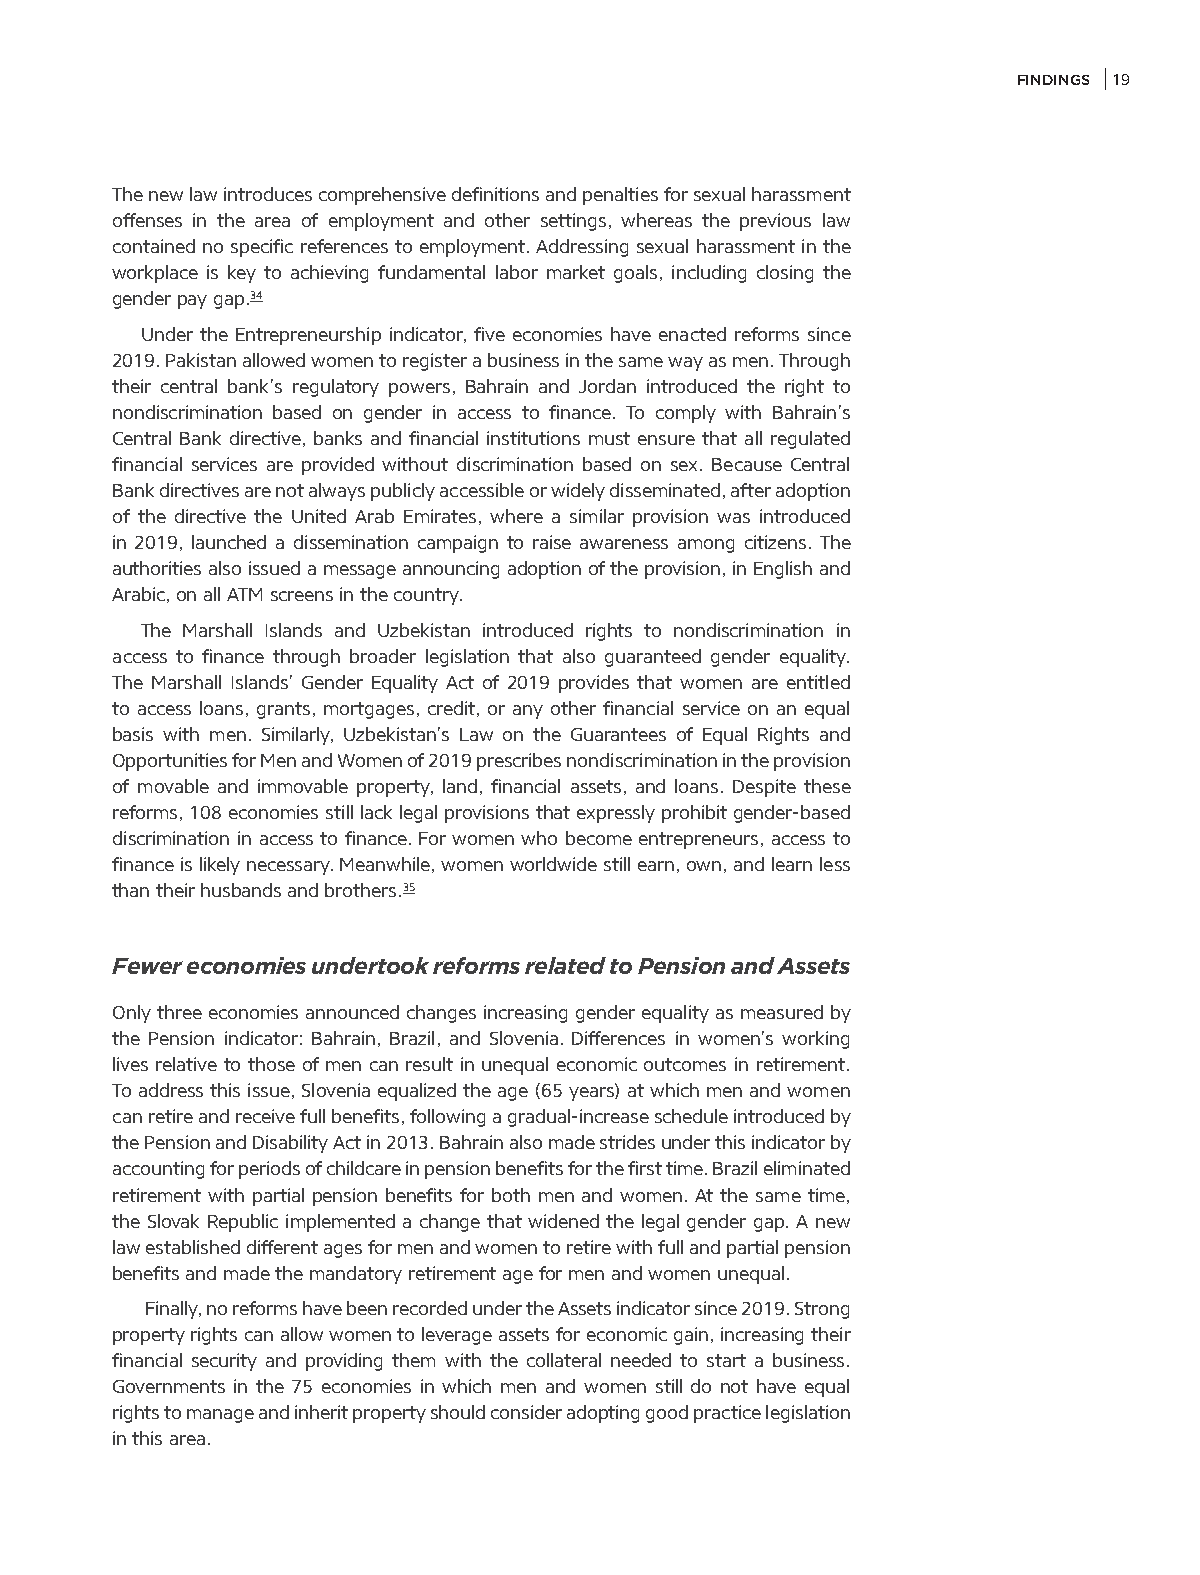
FINDINGS 19
 The new law introduces comprehensive definitions and penalties for sexual harassment
 offenses in the area of employment and other settings, whereas the previous law
 contained no specific references to employment. Addressing sexual harassment in the
 workplace is key to achieving fundamental labor market goals, including closing the
 gender pay gap.34
 Under the Entrepreneurship indicator, five economies have enacted reforms since
 2019. Pakistan allowed women to register a business in the same way as men. Through
 their central bank’s regulatory powers, Bahrain and Jordan introduced the right to
 nondiscrimination based on gender in access to finance. To comply with Bahrain’s
 Central Bank directive, banks and financial institutions must ensure that all regulated
 financial services are provided without discrimination based on sex. Because Central
 Bank directives are not always publicly accessible or widely disseminated, after adoption
 of the directive the United Arab Emirates, where a similar provision was introduced
 in 2019, launched a dissemination campaign to raise awareness among citizens. The
 authorities also issued a message announcing adoption of the provision, in English and
 Arabic, on all ATM screens in the country.
 The Marshall Islands and Uzbekistan introduced rights to nondiscrimination in
 access to finance through broader legislation that also guaranteed gender equality.
 The Marshall Islands’ Gender Equality Act of 2019 provides that women are entitled
 to access loans, grants, mortgages, credit, or any other financial service on an equal
 basis with men. Similarly, Uzbekistan’s Law on the Guarantees of Equal Rights and
 Opportunities for Men and Women of 2019 prescribes nondiscrimination in the provision
 of movable and immovable property, land, financial assets, and loans. Despite these
 reforms, 108 economies still lack legal provisions that expressly prohibit gender-based
 discrimination in access to finance. For women who become entrepreneurs, access to
 finance is likely necessary. Meanwhile, women worldwide still earn, own, and learn less
 than their husbands and brothers.35
 Fewer economies undertook reforms related to Pension and Assets
 Only three economies announced changes increasing gender equality as measured by
 the Pension indicator: Bahrain, Brazil, and Slovenia. Differences in women’s working
 lives relative to those of men can result in unequal economic outcomes in retirement.
 To address this issue, Slovenia equalized the age (65 years) at which men and women
 can retire and receive full benefits, following a gradual-increase schedule introduced by
 the Pension and Disability Act in 2013. Bahrain also made strides under this indicator by
 accounting for periods of childcare in pension benefits for the first time. Brazil eliminated
 retirement with partial pension benefits for both men and women. At the same time,
 the Slovak Republic implemented a change that widened the legal gender gap. A new
 law established different ages for men and women to retire with full and partial pension
 benefits and made the mandatory retirement age for men and women unequal.
 Finally, no reforms have been recorded under the Assets indicator since 2019. Strong
 property rights can allow women to leverage assets for economic gain, increasing their
 financial security and providing them with the collateral needed to start a business.
 Governments in the 75 economies in which men and women still do not have equal
 rights to manage and inherit property should consider adopting good practice legislation
 in this area.